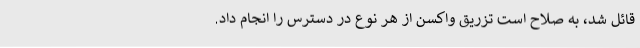
قائل شد، به صلاح است تزریق واکسن از هر نوع در دسترس را انجام داد.